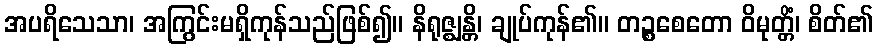
အပရိသေသာ၊ အကြွင်းမရှိကုန်သည်ဖြစ်၍။ နိရုဇ္ဈန္တိ၊ ချုပ်ကုန်၏။ တဉ္စစေတော ဝိမုတ္တိံ၊ စိတ်၏